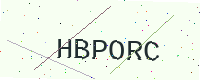
Text: HBPORC